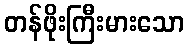
တန်ဖိုးကြီးမားသော